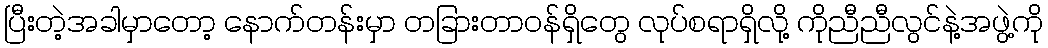
ပြီးတဲ့အခါမှာတော့ နောက်တန်းမှာ တခြားတာဝန်ရှိတွေ လုပ်စရာရှိလို့ ကိုညီညီလွင်နဲ့အဖွဲ့ကို